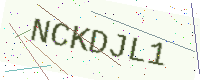
Text: NCKDJL1